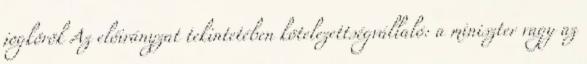
jogkörök Az előirányzat tekintetében kötelezettségvállaló: a miniszter vagy az